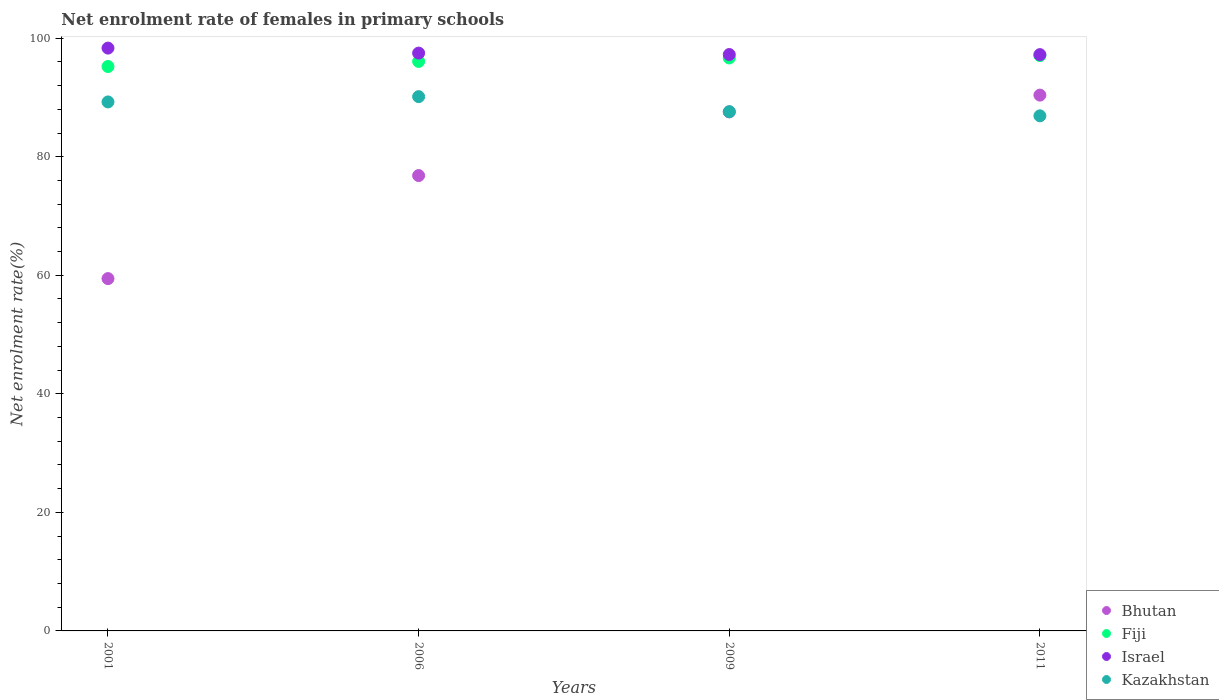
| Years | Bhutan | Fiji | Israel | Kazakhstan |
 | --- | --- | --- | --- | --- |
 | 2001 | 59.4 | 95.2 | 98.3 | 89.2 |
 | 2006 | 76.8 | 96.1 | 97.5 | 90.1 |
 | 2009 | 87.6 | 96.7 | 97.2 | 87.6 |
 | 2011 | 90.4 | 97.1 | 97.2 | 86.9 |